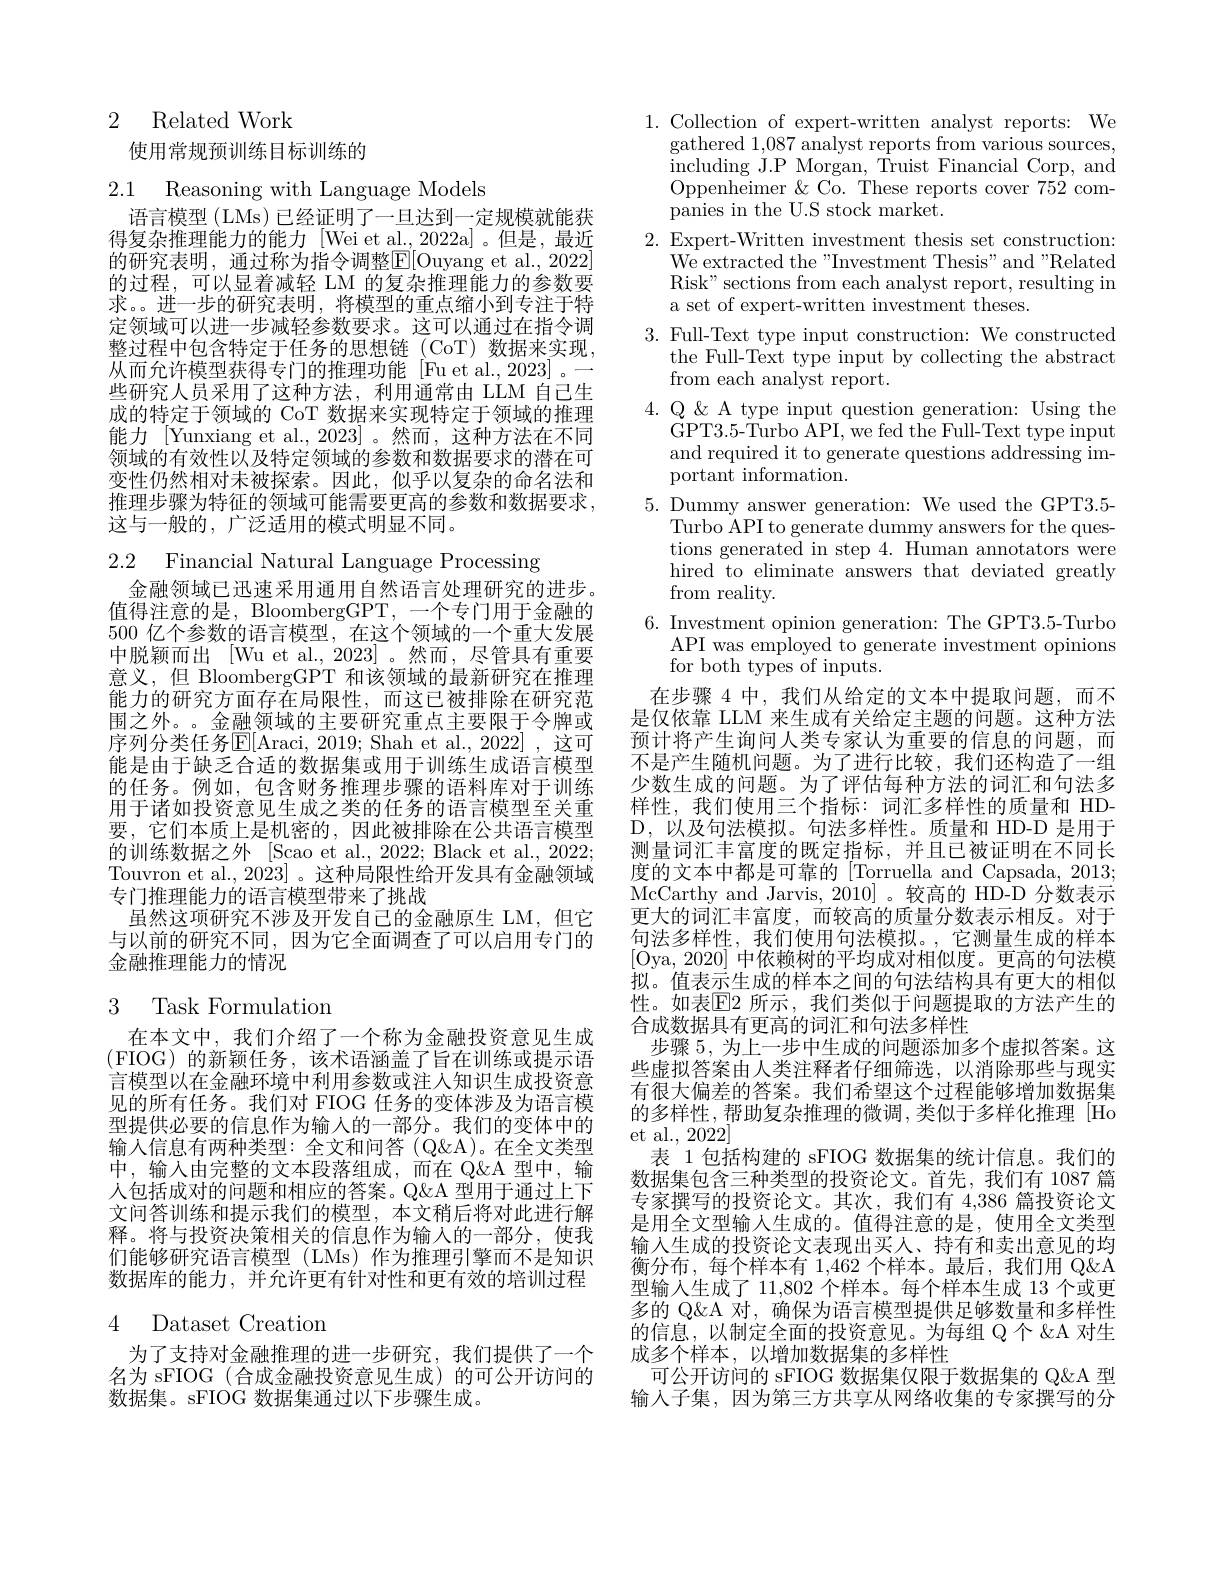
## 2 Related Work

## 使用常规预训练目标训练的

2.1 Reasoning with Language Models

语言模型 (LMs) 已经证明了一旦达到一定规模就能获得复杂推理能力的能力[Wei et al.,2022a]。但是，最近的研究表明，通过称为指令调整$\mathbb{E}[$Ouyang et al.,2022] 的过程，可以显着减轻 LM 的复杂推理能力的参数要求。进一步的研究表明，将模型的重点缩小到专注于特定领域可以进一步减轻参数要求。这可以通过在指令调整过程中包含特定于任务的思想链(CoT)数据来实现， 从而允许模型获得专门的推理功能 [Fu et al., 2023] 。一些研究人员采用了这种方法，利用通常由 LLM 自己生成的特定于领域的 CoT 数据来实现特定于领域的推理能力[Yunxiang et al., 2023]。然而，这种方法在不同领域的有效性以及特定领域的参数和数据要求的潜在可变性仍然相对未被探索。因此，似乎以复杂的命名法和推理步骤为特征的领域可能需要更高的参数和数据要求， 这与一般的，广泛适用的模式明显不同。

2.2 Financial Natural Language Processing
金融领域已迅速采用通用自然语言处理研究的进步。值得注意的是，BloombergGPT, 一个专门用于金融的500 亿个参数的语言模型，在这个领域的一个重大发展中脱颖而出[Wu et al.,2023]。然而，尽管具有重要意义，但 BloombergGPT 和该领域的最新研究在推理能力的研究方面存在局限性，而这已被排除在研究范围之外。。金融领域的主要研究重点主要限于令牌或序列分类任务E[Araci, 2019; Shah et al., 2022], 这可能是由于缺乏合适的数据集或用于训练生成语言模型的任务。例如，包含财务推理步骤的语料库对于训练用于诸如投资意见生成之类的任务的语言模型至关重要，它们本质上是机密的，因此被排除在公共语言模型的训练数据之外 [Scao et al., 2022; Black et al., 2022; Touvron et al., 2023] 。这种局限性给开发具有金融领域专门推理能力的语言模型带来了挑战
虽然这项研究不涉及开发自己的金融原生 LM, 但它与以前的研究不同，因为它全面调查了可以启用专门的金融推理能力的情况

## 3 Task Formulation

在本文中，我们介绍了一个称为金融投资意见生成(FIOG)的新颖任务，该术语涵盖了旨在训练或提示语言模型以在金融环境中利用参数或注人知识生成投资意见的所有任务。我们对 FIOG 任务的变体涉及为语言模型提供必要的信息作为输入的一部分。我们的变体中的输入信息有两种类型：全文和问答(Q$\&A)。在全文类型$ 中，输入由完整的文本段落组成，而在 Q&A 型中，输人包括成对的问题和相应的答案。Q&A 型用于通过上下文问答训练和提示我们的模型，本文稍后将对此进行解释。将与投资决策相关的信息作为输入的一部分，使我们能够研究语言模型(LMs)作为推理引擎而不是知识数据库的能力，并允许更有针对性和更有效的培训过程

# 4 Dataset Creation

为了支持对金融推理的进一步研究，我们提供了一个名为 sFIOG (合成金融投资意见生成)的可公开访问的数据集。sFIOG 数据集通过以下步骤生成。

1. Collection of expert-written analyst reports: We
gathered 1,087 analyst reports from various sources ${\mathrm{including~J.P~Morgan,~Truist~Financial~Corp,~and}}$ Oppenheimer &Co. These reports cover 752 companies in the U.S stock market.
2. Expert-Written investment thesis set construction:
We extracted the "Investment Thesis" and "Related Risk" sections from each analyst report, resulting in a set of expert-written investment theses.
3. Full-Text type input construction: We constructed
the Full-Text type input by collecting the abstract
from each analyst report.
4. Q & k A type input question generation: Using the
GPT3.5-Turbo API, we fed the Full-Text type input and required it to generate questions addressing important information.
5. Dummy answer generation: We used the GPT3.5-
Turbo API to generate dummy answers for the questions generated in step 4. Human annotators were hired to eliminate answers that deviated greatly from reality.
6. Investment opinion generation: The GPT3.5-Turbo
$\begin{array}{c}{\mathrm{API~was~employed~to~generate~investment~opinions}}\\{\mathrm{API~was~employed~to~generate~investment~opinions}}\end{array}$
for both types of inputs.
在步骤 4 中，我们从给定的文本中提取问题，而不是仅依靠 LLM 来生成有关给定主题的问题。这种方法预计将产生询问人类专家认为重要的信息的问题，而不是产生随机问题。为了进行比较，我们还构造了一组少数生成的问题。为了评估每种方法的词汇和句法多样性，我们使用三个指标：词汇多样性的质量和 HDD,以及句法模拟。句法多样性。质量和 HD-D 是用于测量词汇丰富度的既定指标，并且已被证明在不同长度的文本中都是可靠的 [Torruella and Capsada, 2013; McCarthy and Jarvis, 2010]。较高的 HD-D 分数表示更大的词汇丰富度，而较高的质量分数表示相反。对于句法多样性，我们使用句法模拟。,它测量生成的样本[Oya, 2020] 中依赖树的平均成对相似度。更高的句法模拟。值表示生成的样本之间的句法结构具有更大的相似性。如表[E]2 所示，我们类似于问题提取的方法产生的合成数据具有更高的词汇和句法多样性
步骤 5, 为上一步中生成的问题添加多个虚拟答案。这些虚拟答案由人类注释者仔细筛选，以消除那些与现实有很大偏差的答案。我们希望这个过程能够增加数据集的多样性，帮助复杂推理的微调，类似于多样化推理[Ho et al., 2022]
表 1 包括构建的 sFIOG 数据集的统计信息。我们的数据集包含三种类型的投资论文。首先，我们有 1087 篇专家撰写的投资论文。其次，我们有 4,386 篇投资论文是用全文型输人生成的。值得注意的是，使用全文类型输入生成的投资论文表现出买人、持有和卖出意见的均衡分布，每个样本有 1,462 个样本。最后，我们用 Q&A 型输入生成了 11,802 个样本。每个样本生成 13 个或更多的 Q&A 对，确保为语言模型提供足够数量和多样性的信息，以制定全面的投资意见。为每组 Q 个 &A 对生成多个样本，以增加数据集的多样性
可公开访问的 sFIOG 数据集仅限于数据集的 Q&A 型输入子集，因为第三方共享从网络收集的专家撰写的分